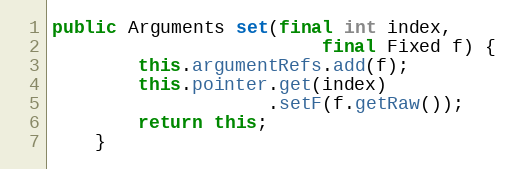
Language: Java
public Arguments set(final int index,
                         final Fixed f) {
        this.argumentRefs.add(f);
        this.pointer.get(index)
                    .setF(f.getRaw());
        return this;
    }